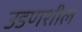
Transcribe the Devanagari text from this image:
उडणशील